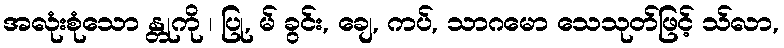
အလုံးစုံသော န္တုကို ၊ ပြု, မ် ခွင်း, ချေ, ကပ်, သာဂမော သေသုတ်ဖြင့် သ်လာ,